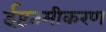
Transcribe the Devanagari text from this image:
ईष्टतमीकरण